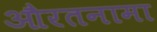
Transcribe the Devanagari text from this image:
औरतनामा